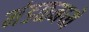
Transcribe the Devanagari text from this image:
मंडळमध्ये